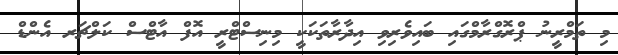
މި ތަމްރީނު ޕްރޮގްރާމްގައި ބައިވެރިވި އިދާރާތަކަކީ މިނިސްޓްރީ އޮފް އާޓްސް ކަލްޗަރ އެންޑް